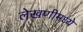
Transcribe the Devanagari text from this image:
लेखणीमध्ये